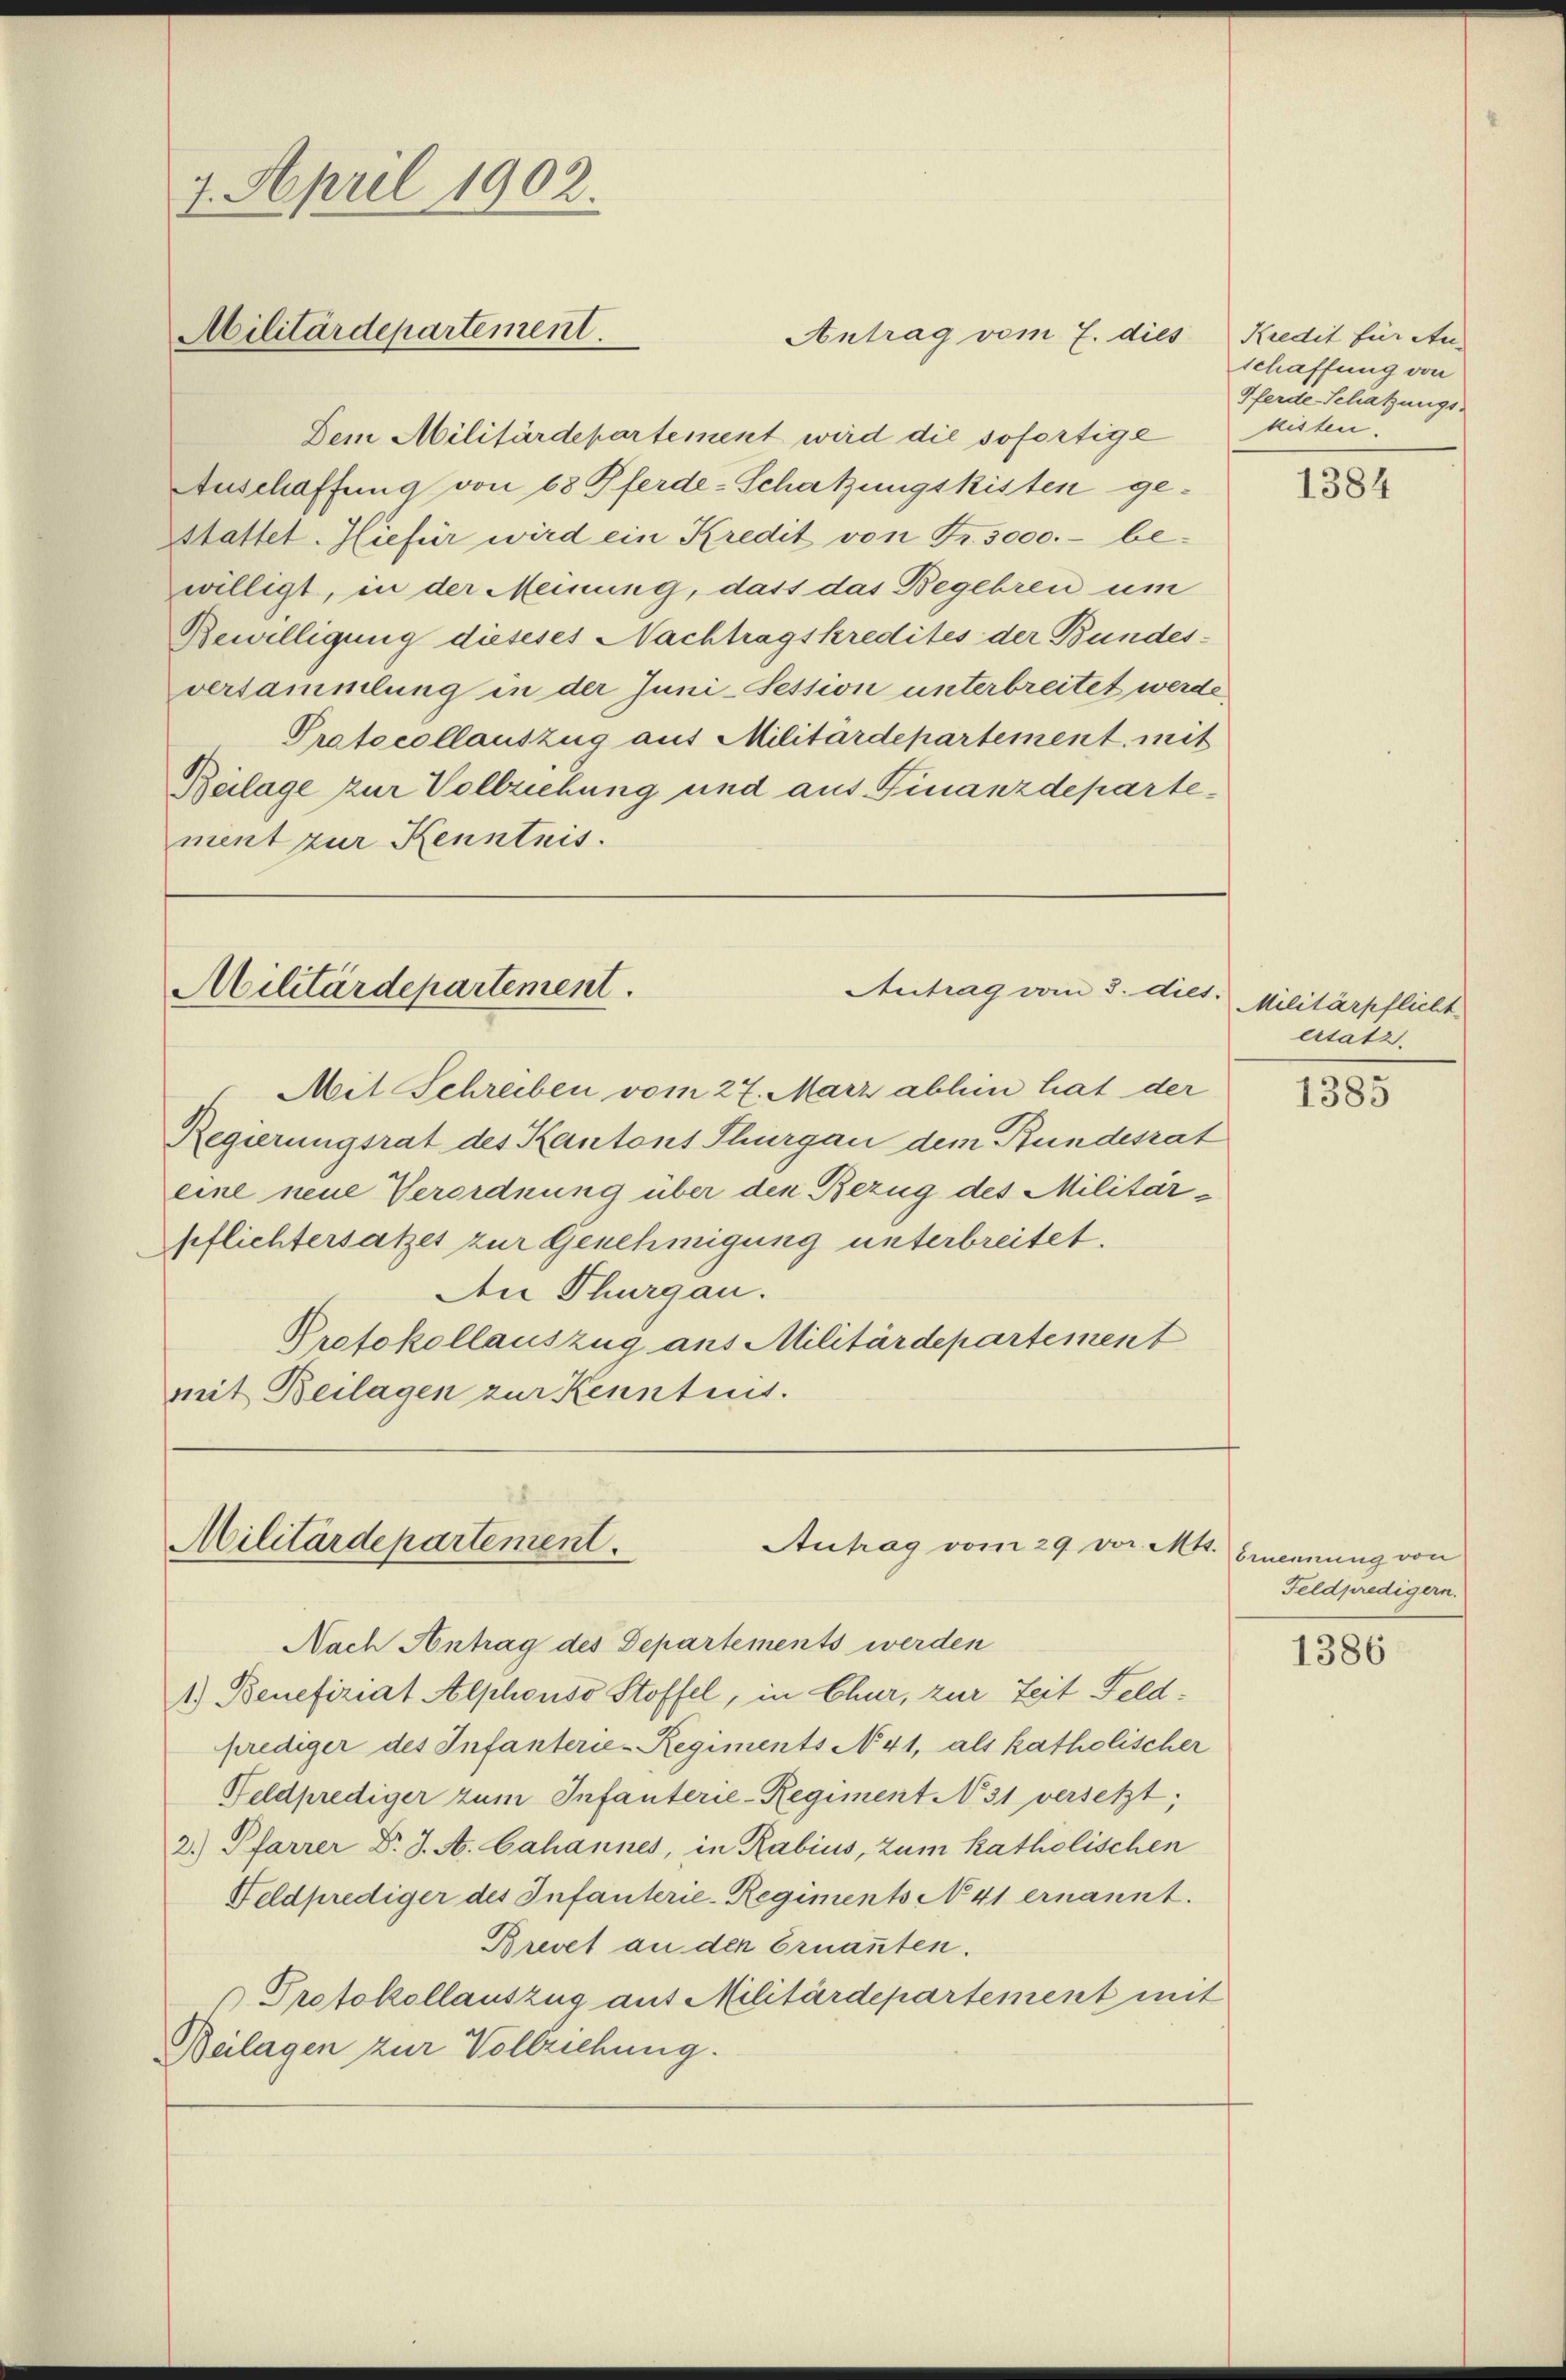
7. April 1902.
Militärdepartement.

Dem Militärdepartement wird die sofortige Misten
Anschaffung von 68 Pferde-Schatzungskisten ge-
Stattet. Hiefür wird ein Kredit von Fr. 3000.- bewilligt, in der Meinung, dass das Begehren um
Bewilligung dieseses Nachtragskredites der Bundes-
versammlung in der Juni-Session unterbreitet werde,
Protocollauszug aus Militärdepartement, mit
Beilage zur Vollziehung und aus Finanzdepartement zur Kenntnis.

Antrag vom 7. dies Kredit für An-

Antrag vom 3. dies.
Militärdepartement.

Mit Schreiben vom 27. März abhin hat der
Regierungsrat des Kantons Thurgau dem Bundesrat
eine neue Verordnung über den Bezug des Militärpflichtersatzes zur Genehmigung unterbreitet.
Den Thurgau.
Protokollauszug aus Militärdepartement
mit Beilagen zur Kenntnis.

Militärdepartement.
Antrag vom 29. vor. Mtt. benennung von
Nach Antrag des Departements werden

1.) Benefiziat Alphonso Stoffel, in Chur, zur Zeit Feldprediger des Infanterie-Regiments N. 41, als katholischer
Feldprediger zum Infanterie-Regiment No. 31 versetzt;
2.) Pfarrer Dr. J. A. Cahannes, in Rabius, zum katholischen
Feldprediger des Infanterie-Regiments No 41 ernannt.
Brevet an den Ernanten.
Protokollauszug aus Militärdepartement mit
Beilagen zur Vollziehung.

schaffung von
Pferde-Schatzungs-

1384

Militärpflicht
ersatz.

1385

Feldpredigern.

1386